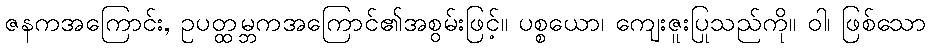
ဇနကအကြောင်း, ဥပတ္ထမ္ဘကအကြောင်၏အစွမ်းဖြင့်။ ပစ္စယော၊ ကျေးဇူးပြုသည်ကို။ ဝါ၊ ဖြစ်သော